Treatise on elephants
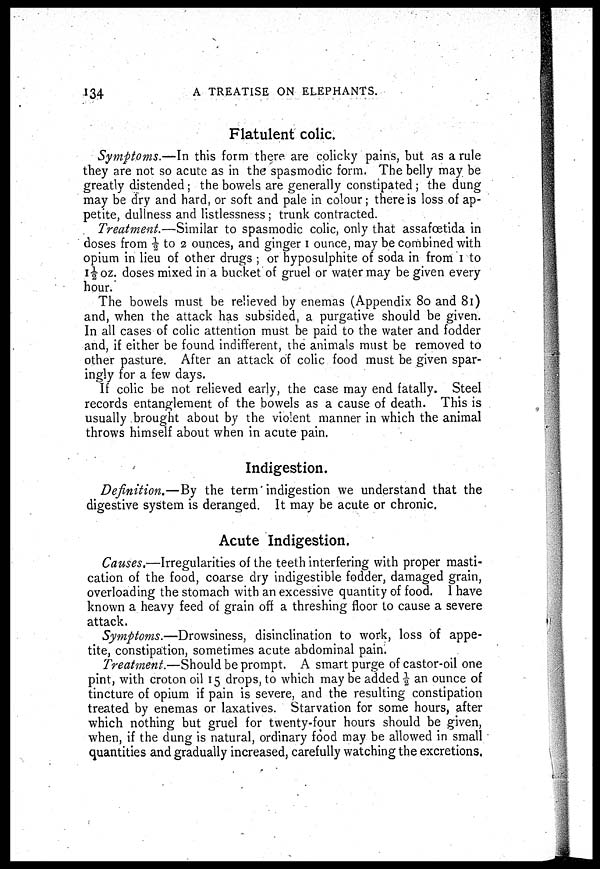
134
A TREATISE ON ELEPHANTS.
Flatulent colic.
Symptoms.—In this form there are colicky pains, but as a rule
they are not so acute as in the spasmodic form. The belly may be
greatly distended ; the bowels are generally constipated ; the dung
may be dry and hard, or soft and pale in colour ; there is loss of ap-
petite, dullness and listlessness ; trunk contracted.
Treatment.—Similar to spasmodic colic, only that assafœtida in
doses from ½ to 2 ounces, and ginger 1 ounce, may be combined with
opium in lieu of other drugs ; or hyposulphite of soda in from 1 to
1½ oz. doses mixed in a bucket of gruel or water may be given every
hour.
The bowels must be relieved by enemas (Appendix 80 and 81)
and, when the attack has subsided, a purgative should be given.
In all cases of colic attention must be paid to the water and fodder
and, if either be found indifferent, the animals must be removed to
other pasture. After an attack of colic food must be given spar-
ingly for a few days.
If colic be not relieved early, the case may end fatally. Steel
records entanglement of the bowels as a cause of death. This is
usually brought about by the violent manner in which the animal
throws himself about when in acute pain.
Indigestion.
Definition.—By the term indigestion we understand that the
digestive system is deranged. It may be acute or chronic.
Acute Indigestion.
Causes.—Irregularities of the teeth interfering with proper masti-
cation of the food, coarse dry indigestible fodder, damaged grain,
overloading the stomach with an excessive quantity of food. 1 have
known a heavy feed of grain off a threshing floor to cause a severe
attack.
Symptoms.—Drowsiness, disinclination to work, loss of appe-
tite, constipation, sometimes acute abdominal pain.
Treatment.—Should be prompt. A smart purge of castor-oil one
pint, with croton oil 15 drops, to which may be added ½ an ounce of
tincture of opium if pain is severe, and the resulting constipation
treated by enemas or laxatives. Starvation for some hours, after
which nothing but gruel for twenty-four hours should be given,
when, if the dung is natural, ordinary food may be allowed in small
quantities and gradually increased, carefully watching the excretions.